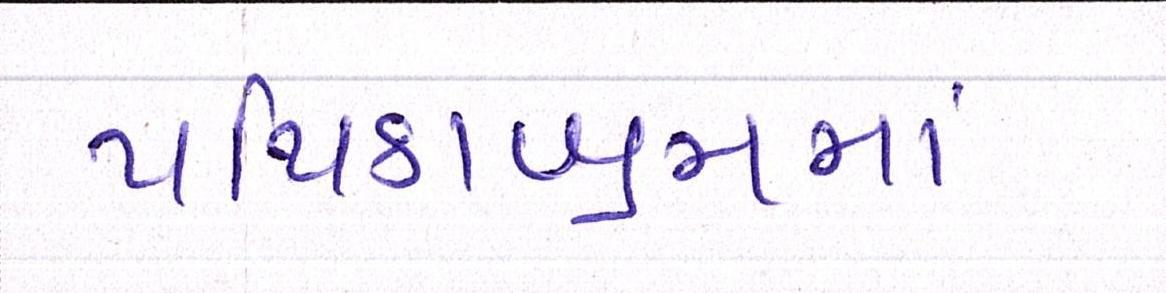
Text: પથિકાશ્રમમાં